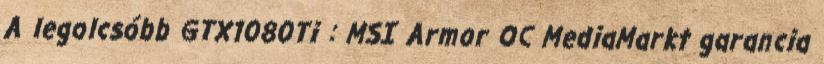
A legolcsóbb GTX1080Ti : MSI Armor OC MediaMarkt garancia